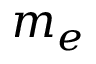
m _ { e }